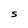
Character: S